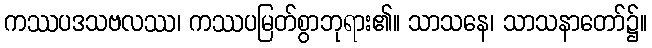
ကဿပဒသဗလဿ၊ ကဿပမြတ်စွာဘုရား၏။ သာသနေ၊ သာသနာတော်၌။